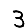
Digit: 3